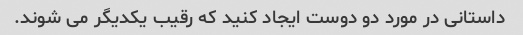
داستانی در مورد دو دوست ایجاد کنید که رقیب یکدیگر می شوند.